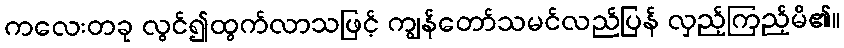
ကလေးတခု လွင်၍ထွက်လာသဖြင့် ကျွန်တော်သမင်လည်ပြန် လှည့်ကြည့်မိ၏။